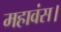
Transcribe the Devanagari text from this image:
महावंस।